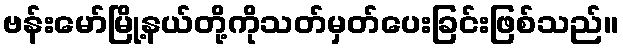
ဗန်းမော်မြို့နယ်တို့ကိုသတ်မှတ်ပေးခြင်းဖြစ်သည်။